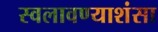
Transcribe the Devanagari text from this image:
स्वलावण्याशंसा